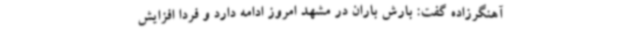
آهنگرزاده گفت: بارش باران در مشهد امروز ادامه دارد و فردا افزایش